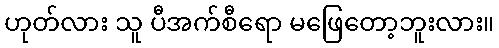
ဟုတ်လား သူ ပီအက်စီရော မဖြေတော့ဘူးလား။